Annual report of the Punjab Veterinary College and of the Civil Veterinary Department, Punjab - 1909-1919
Year: 1909
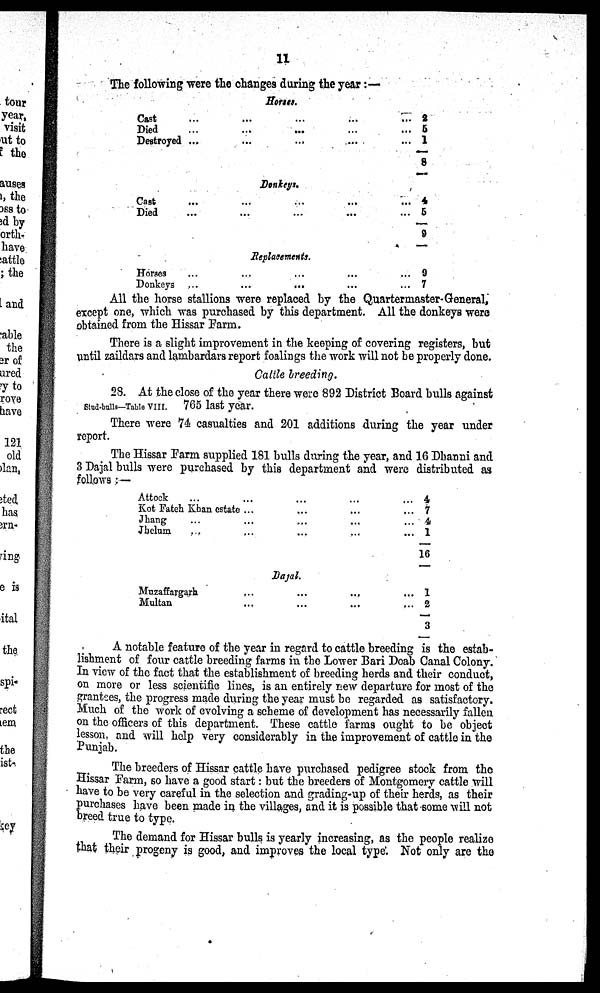
11
The following were the changes during the year:—
Horses.
Cast ... ... ... ... ...
Died ... ... ... ... ...
Destroyed ... ... ... ... ...
2
5
1
8
Donkeys.
Cast ... ... ... ... ...
Died ... ... ... ... ...
4
5
9
Replacements.
Horses ... ... ... ... ...
Donkeys ... ... ... ... ...
9
7
All the horse stallions were replaced by the Quartermaster-General,
except one, which was purchased by this department. All the donkeys were
obtained from the Hissar Farm.
There is a slight improvement in the keeping of covering registers, but
until zaildars and lambardars report foalings the work will not be properly done.
Cattle breeding.
Stud-bulls—Table VIII.
28. At the close of the year there were 892 District Board bulls against
765 last year.
There were 74 casualties and 201 additions during the year under
report.
The Hissar Farm supplied 181 bulls during the year, and 16 Dhanni and
3 Dajal bulls were purchased by this department and were distributed as
follows :—
Attock ... ... ... ...
Kot Fateh Khan estate ... ... ... ...
Jhang ... ... ... ... ...
Jhelum ... ... ... ... ...
4
7
4
1
16
Dajal.
Muzaffargarh ... ... ... ...
Multan ... ... ... ...
1
2
3
A notable feature of the year in regard to cattle breeding is the estab-
lishment of four cattle breeding farms in the Lower Bari Doab Canal Colony.
In view of the fact that the establishment of breeding herds and their conduct,
on more or less scientific lines, is an entirely new departure for most of the
grantees, the progress made during the year must be regarded as satisfactory.
Much of the work of evolving a scheme of development has necessarily fallen
on the officers of this department. These cattle farms ought to be object
lesson, and will help very considerably in the improvement of cattle in the
Punjab.
The breeders of Hissar cattle have purchased pedigree stock from the
Hissar Farm, so have a good start: but the breeders of Montgomery cattle will
have to be very careful in the selection and grading-up of their herds, as their
Purchases have been made in the villages, and it is possible that some will not
breed true to type.
The demand for Hissar bulls is yearly increasing, as the people realize
that their progeny is good, and improves the local type. Not only are the